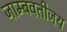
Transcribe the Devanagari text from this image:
जाम्बवतीजय